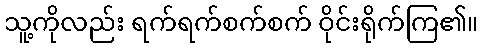
သူ့ကိုလည်း ရက်ရက်စက်စက် ဝိုင်းရိုက်ကြ၏။